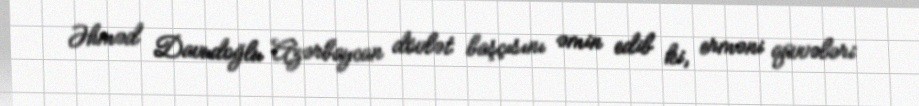
Əhməd Davudoğlu Azərbaycan dövlət başçısını əmin edib ki, erməni qüvvələri